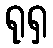
ရုရှ